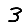
Digit: 3